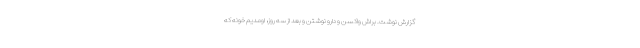
گزارش نوشت. براش واكسن و دارو نوشتن و بعد از سه روز، اومديم خونه كه